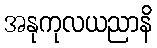
အနုကုလယညာနိ